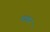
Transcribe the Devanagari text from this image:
माबर